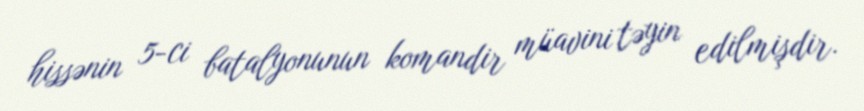
hissənin 5-ci batalyonunun komandir müavini təyin edilmişdir.